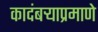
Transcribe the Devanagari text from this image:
कादंबऱ्याप्रमाणे